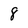
Character: 8